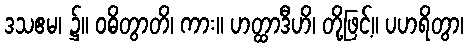
ဒသဧမ၊ ၌။ ဝဓိတွာတိ၊ ကား။ ဟတ္ထာဒီဟိ၊ တို့ဖြင့်။ ပဟရိတွာ၊